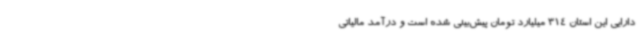
دارایی این استان 314 میلیارد تومان پیش‌بینی شده است و درآمد مالیاتی